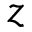
z